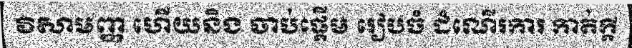
វិសាមញ្ញ ហើយនិង ចាប់ផ្តើម រៀបចំ ដំណើរការ កាត់ក្តី